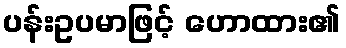
ပန်းဥပမာဖြင့် ဟောထား၏